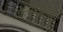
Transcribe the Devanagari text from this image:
दोलयात्रातत्व